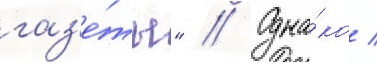
газ'е́ты" // Одна́ко /